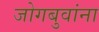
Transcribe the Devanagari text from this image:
जोगबुवांना